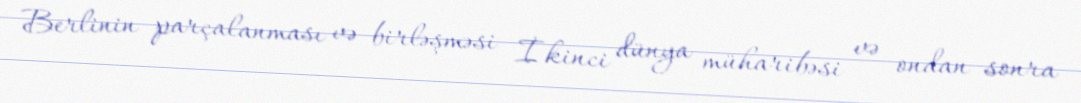
Berlinin parçalanması və birləşməsi İkinci dünya müharibəsi və ondan sonra